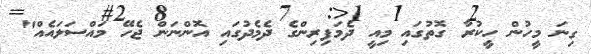
ގިނަ މީހުން ހީކުރާ ގޮތުގައި މިއީ ދެމަފިރިންގެ ދެމެދުގައި އޮންނަން ޖެހޭ މައްސަލައެއް"